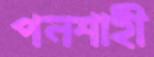
পনশাহী